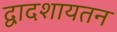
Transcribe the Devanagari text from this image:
द्वादशायतन